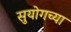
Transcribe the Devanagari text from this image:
सुयोगच्या